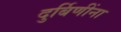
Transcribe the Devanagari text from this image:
दुर्बिणींना